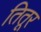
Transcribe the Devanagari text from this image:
तितूर